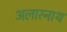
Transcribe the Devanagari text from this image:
अलारनाथ